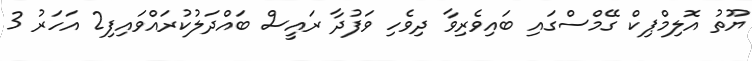
ޔޫތު އޮލިމްޕިކް ގޭމްސްގައި ބައިވެރިވާ ދިވެހި ވަފުދާ ރައީސް ބައްދަލުކުރައްވައިފި2 އަހަރު 3